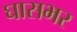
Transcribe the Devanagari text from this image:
घासभर